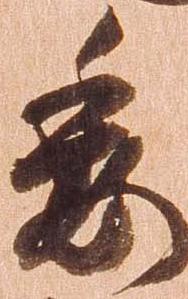
委